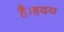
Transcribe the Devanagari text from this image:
है।ह्रदय